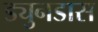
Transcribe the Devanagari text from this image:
ड्युनडास